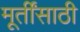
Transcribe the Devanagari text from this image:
मूर्तींसाठी